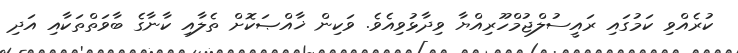
ކުރެއްވި ކަމުގައި ރައީސުލްޖުމްހޫރިއްޔާ ވިދާޅުވިއެވެ. ވަކިން ޚާއްޞަކޮށް ތެލާއި ކާނާގެ ބާވަތްތަކާއި އަދި